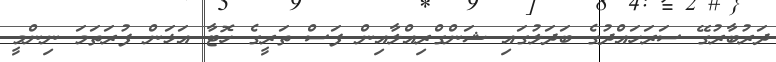
ދަރުބާރުގޭ ސަރަހައްދުގެ ބަދަލުގައި ޝަންގްރިއްލާއިން ފަސް ތަރީގެ ހޮޓާ އަޅަން ފުރަތަމަ ނިންމީ